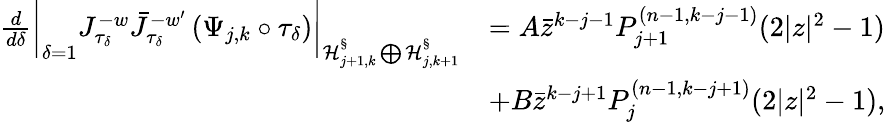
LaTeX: \begin{array}{rl}{\frac{d}{d\delta}\bigg|_{\delta=1}J_{\tau_{\delta}}^{-w}\bar{J}_{\tau_{\delta}}^{-w^{\prime}}\left(\Psi_{j,k}\circ\tau_{\delta}\right)\bigg|_{\mathcal{H}_{j+1,k}^{\S}\bigoplus\mathcal{H}_{j,k+1}^{\S}}}&{=A\bar{z}^{k-j-1}P_{j+1}^{(n-1,k-j-1)}(2|z|^{2}-1)}\\ &{+B\bar{z}^{k-j+1}P_{j}^{(n-1,k-j+1)}(2|z|^{2}-1),}\end{array}